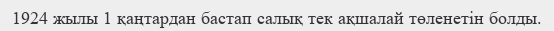
1924 жылы 1 қаңтардан бастап салық тек ақшалай төленетін болды.